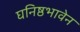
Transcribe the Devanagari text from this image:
घनिष्ठभावेन